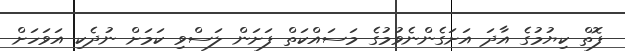
ފޮތް ކިޔުމުގެ އާދަ އަށަގެންނެވުމުގެ މަސައްކަތް ފަށަން ލަސްވި ކަމަށް ނުދެކި އަވަހަށް